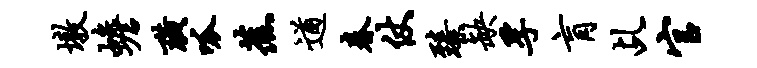
墩蟾璜呱蕉遒春仗臻缺孚肓乩官